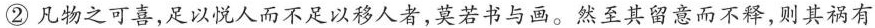
②凡物之可喜，足以悦人而不足以移人者，莫若书与画。然至其留意而不释，则其祸有